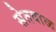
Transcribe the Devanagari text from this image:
सेतवाळ